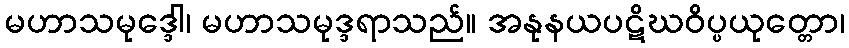
မဟာသမုဒ္ဒေါ၊ မဟာသမုဒ္ဒရာသည်။ အနုနယပဋိဃဝိပ္ပယုတ္တော၊